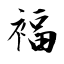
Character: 褔